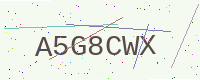
Text: A5G8CWX